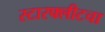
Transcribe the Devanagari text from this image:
स्टारफ्लीटचा